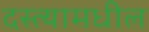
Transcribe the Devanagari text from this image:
दस्त्यामधील